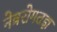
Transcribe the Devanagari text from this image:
नेत्ररोगतज्ञ